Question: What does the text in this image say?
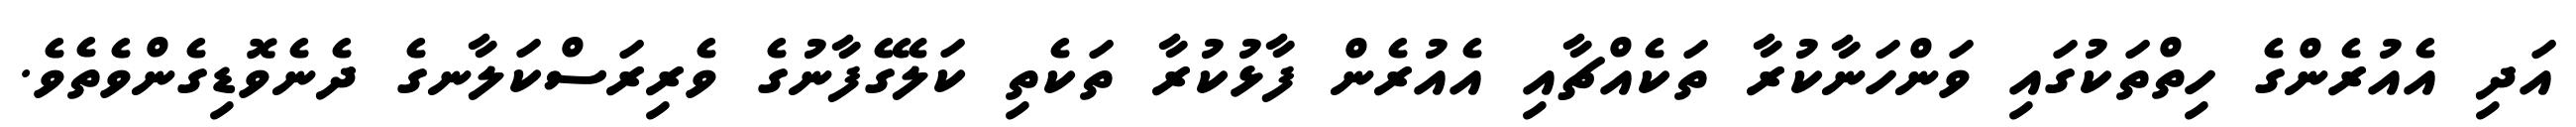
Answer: އަދި އެއުރެންގެ ހިތްތަކުގައި ވަންހަނާކުރާ ތަކެއްޗާއި އެއުރެން ފާޅުކުރާ ތަކެތި ކަލޭގެފާނުގެ ވެރިރަސްކަލާނގެ ދެނެވޮޑިގެންވެތެވެ.